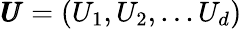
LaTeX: \pmb{U}=(U_{1},U_{2},...U_{d})